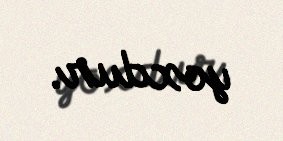
yoxdur.